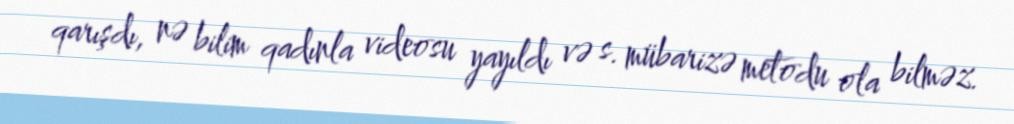
qarışdı, nə bilim qadınla videosu yayıldı və s. mübarizə metodu ola bilməz.